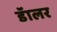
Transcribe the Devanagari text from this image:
डॅालर